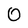
Character: 0